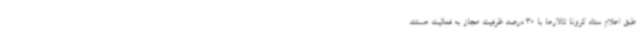
طبق اعلام ستاد کرونا تالارها با 30 درصد ظرفیت مجاز به فعالیت هستند